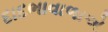
દાદભાવાળાએ